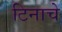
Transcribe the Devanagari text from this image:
टिनाचे